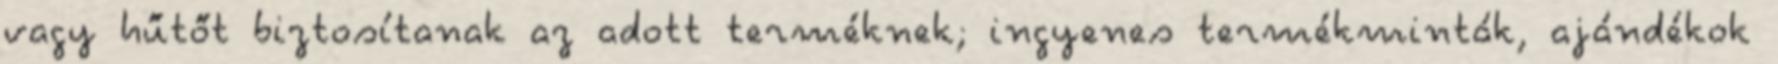
vagy hűtőt biztosítanak az adott terméknek; ingyenes termékminták, ajándékok